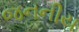
જનનીય